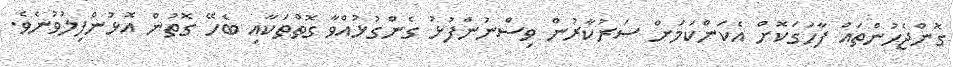
ގޮންޖެހުންތައް ފާހަގަކޮށް އެކަންކަމަށް ސަރުކާރުން ވިސްނުންފުޅު ގެންގުޅުއްވާ ގޮތްތަކާއި ބެހޭ ގޮތުން އޮޅުންފިލުވުނެވެ.